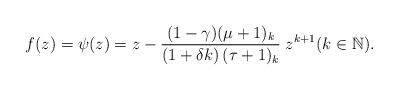
LaTeX: \begin{align*}f(z)= \psi(z)= z-\dfrac{(1 -\gamma)(\mu+1)_{k}}{(1+\delta k ) \,(\tau +1)_{k}} \; z^{k+1}(k\in \mathbb{N}).\end{align*}